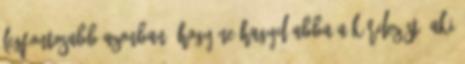
legfontosabb azonban, hogy ne hagyd abba a kérdezést. Aki